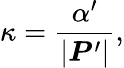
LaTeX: \kappa=\frac{\alpha^{\prime}}{|\boldsymbol{P}^{\prime}|},